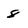
Character: 8